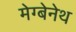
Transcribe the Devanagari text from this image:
मेग्बेनेथ